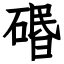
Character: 䃉